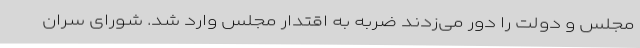
مجلس و دولت را دور می‌زدند ضربه به اقتدار مجلس وارد شد. شورای سران